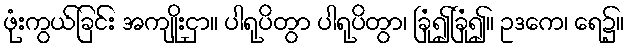
ဖုံးကွယ်ခြင်း အကျိုးငှာ။ ပါရုပိတွာ ပါရုပိတွာ၊ ခြုံ၍ခြုံ၍။ ဥဒကေ၊ ရေ၌။